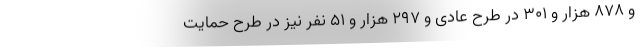
و ۸۷۸ هزار و ۳۰۱ در طرح عادی و ۲۹۷ هزار و ۵۱ نفر نیز در طرح حمایت